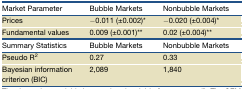
| Market Parameter | Bubble Markets | Nonbubble Markets |
 | --- | --- | --- |
 | Prices | −0.011 (±0.002)∗ | −0.020 (±0.004)∗ |
 | Fundamental values | 0.009 (±0.001)∗∗ | 0.02 (±0.004)∗∗ |
 | Summary Statistics | Bubble Markets | Nonbubble Markets |
 | Pseudo R2 | 0.27 | 0.33 |
 | Bayesian information criterion (BIC) | 2,089 | 1,840 |